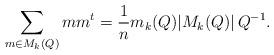
LaTeX: \begin{align*}\sum_{m\in M_k(Q)} m m^t = \dfrac{1}{n} m_k(Q) \lvert M_k(Q)\rvert \,Q^{-1}.\end{align*}